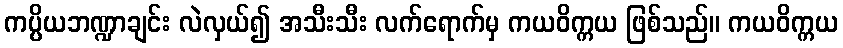
ကပ္ပိယဘဏ္ဍာချင်း လဲလှယ်၍ အသီးသီး လက်ရောက်မှ ကယဝိက္ကယ ဖြစ်သည်။ ကယဝိက္ကယ